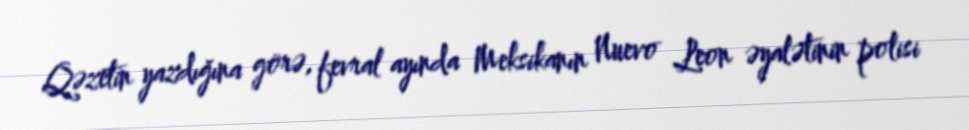
Qəzetin yazdığına görə, fevral ayında Meksikanın Nuevo Leon əyalətinin polisi